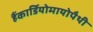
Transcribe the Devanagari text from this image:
हैंकार्डियोमायोपैथी